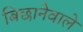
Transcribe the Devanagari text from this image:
बिछानेवाले